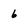
Character: 6